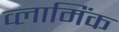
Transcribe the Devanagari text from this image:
व्लामिंक